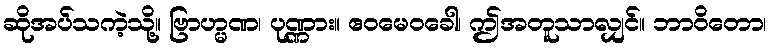
ဆိုအပ်သကဲ့သို့။ ဗြာဟ္မဏ၊ ပုဏ္ဏား။ ဧဝမေဝခေါ၊ ဤအတူသာလျှင်။ ဘာဝိတော၊